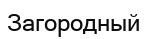
Загородный